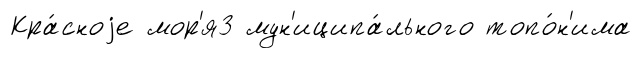
Кра́сноjе мор'я3 мун'иципа́льного топо́н'има